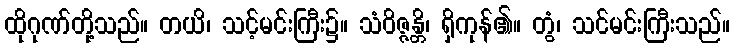
ထိုဂုဏ်တို့သည်။ တယိ၊ သင့်မင်းကြီး၌။ သံဝိဇ္ဇန္တိ၊ ရှိကုန်၏။ တွံ၊ သင်မင်းကြီးသည်။